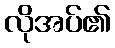
လိုအပ်၏